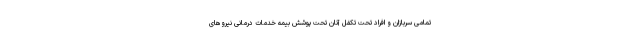
تمامی سربازان و افراد تحت تکفل آنان تحت پوشش بیمه خدمات درمانی نیروهای